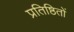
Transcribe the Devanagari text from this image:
प्रतिष्ठितों